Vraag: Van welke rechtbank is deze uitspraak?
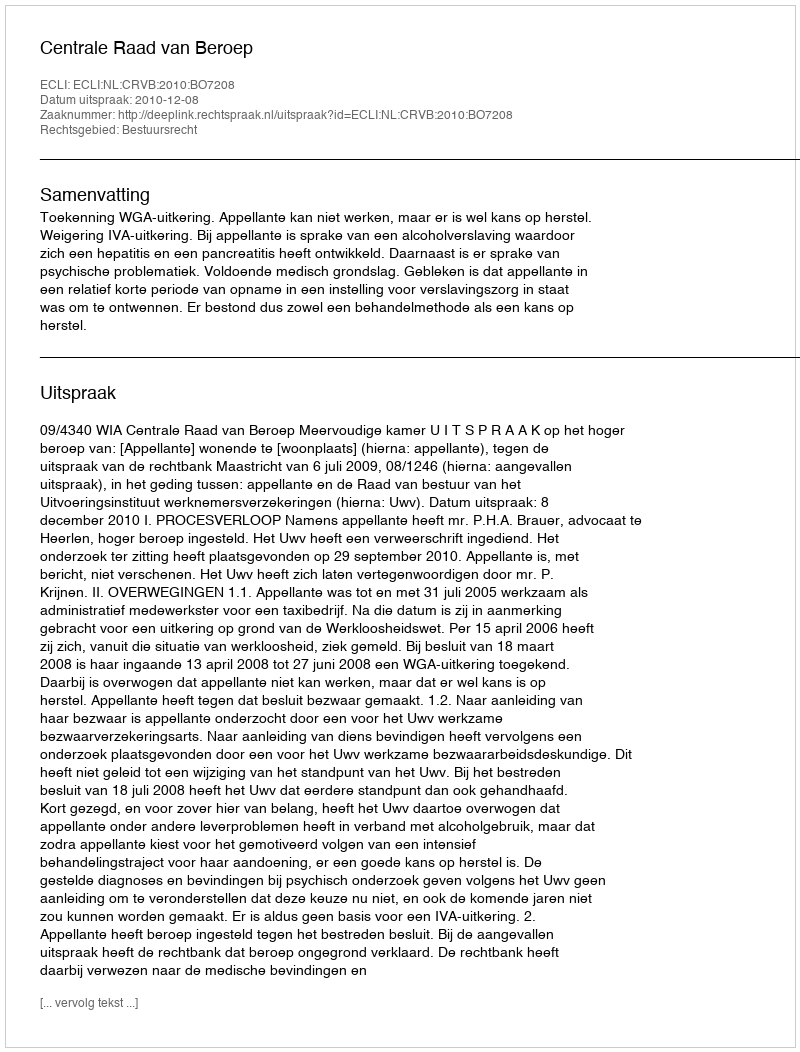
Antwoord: Centrale Raad van Beroep